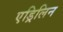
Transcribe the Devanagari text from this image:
एड्रिलिन